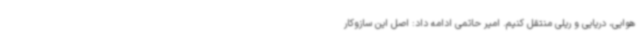
هوایی، دریایی و ریلی منتقل کنیم. امیر حاتمی ادامه داد: اصل این سازوکار